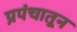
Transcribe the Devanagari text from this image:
प्रपंचातून